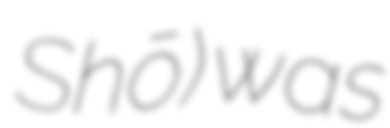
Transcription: Shō) was